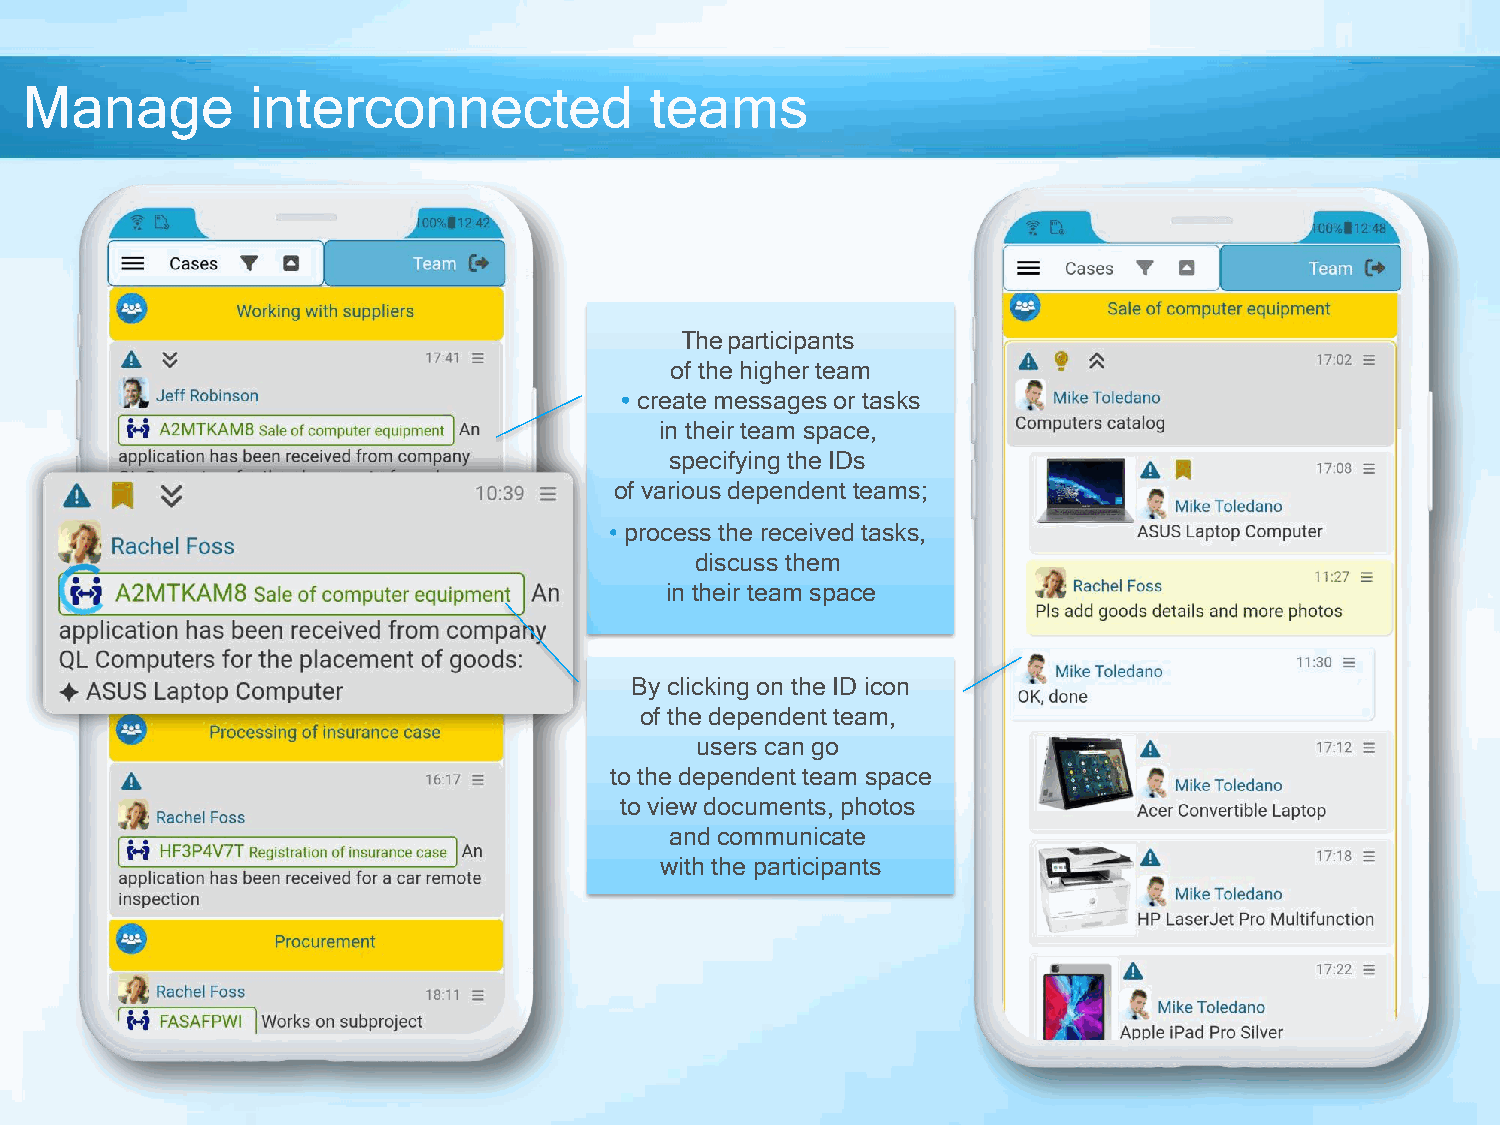
Manage         interconnected            teams
 The participants
 of the higher team
 • create messages or tasks
 in their team space,
 specifying the IDs
 of various dependent teams;
 • process the received tasks,
 discuss them
 in their team space
 By clicking on the ID icon
 of the depen dent team,
 users can go
 to the dependent team space
 to view documents, photos
 and communicate
 with the participants